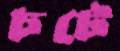
চটে